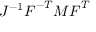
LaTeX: J ^ { - 1 } { \boldsymbol { F } } ^ { - T } { \boldsymbol { M } } { \boldsymbol { F } } ^ { T }